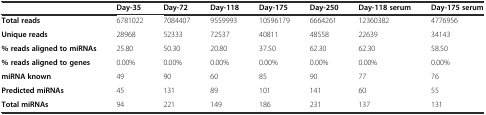
|  | Day-35 | Day-72 | Day-118 | Day-175 | Day-250 | Day-118 serum | Day-175 serum |
 | --- | --- | --- | --- | --- | --- | --- | --- |
 | Total reads | 6781022 | 7084407 | 9559993 | 10596179 | 6664261 | 12360382 | 4776956 |
 | Unique reads | 28968 | 52333 | 72537 | 40811 | 48558 | 22639 | 34143 |
 | % reads aligned to miRNAs | 25.80 | 50.30 | 20.80 | 37.50 | 62.30 | 62.30 | 58.50 |
 | % reads aligned to genes | 0.00% | 0.00% | 0.00% | 0.00% | 0.00% | 0.00% | 0.00% |
 | miRNA known | 49 | 90 | 60 | 85 | 90 | 77 | 76 |
 | Predicted miRNAs | 45 | 131 | 89 | 101 | 141 | 60 | 55 |
 | Total miRNAs | 94 | 221 | 149 | 186 | 231 | 137 | 131 |